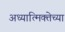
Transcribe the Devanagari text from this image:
अध्यात्मिक्तेच्या